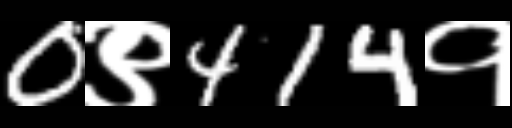
Text: 0९414१